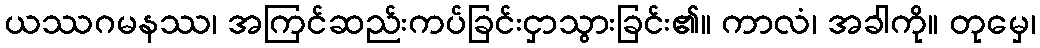
ယဿဂမနဿ၊ အကြင်ဆည်းကပ်ခြင်းငှာသွားခြင်း၏။ ကာလံ၊ အခါကို။ တုမှေ၊